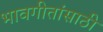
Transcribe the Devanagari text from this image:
भावगीतांसाठी